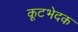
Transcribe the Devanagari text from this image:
कूटभेदक